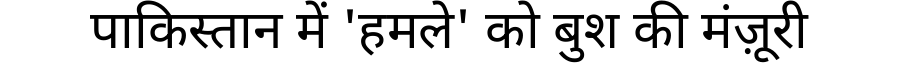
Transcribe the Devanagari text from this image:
पाकिस्तान में 'हमले' को बुश की मंज़ूरी